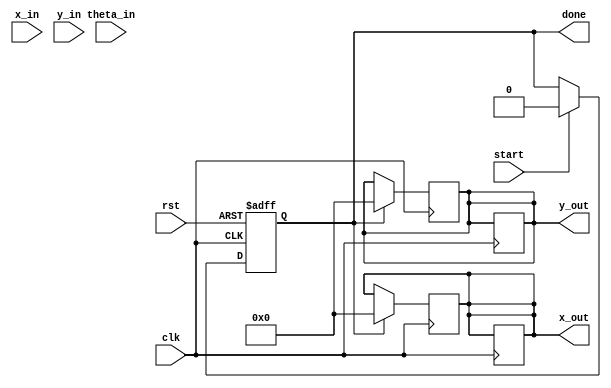
module adaptive_cordic (
    input wire clk,
    input wire rst,
    input wire [15:0] x_in,        // Fixed-point input x
    input wire [15:0] y_in,        // Fixed-point input y
    input wire [15:0] theta_in,    // Fixed-point rotation angle
    input wire start,               // Start signal
    output reg [15:0] x_out,       // Output x'
    output reg [15:0] y_out,       // Output y'
    output reg done                 // Done signal
);

    parameter NUM_ITERATIONS = 16; // Number of iterations
    parameter FIXED_POINT_SCALE = 16'h26DD; // Scaling factor for normalization

    reg [15:0] x [0:NUM_ITERATIONS-1]; // x values for each iteration
    reg [15:0] y [0:NUM_ITERATIONS-1]; // y values for each iteration
    reg [15:0] theta [0:NUM_ITERATIONS-1]; // Angle values for each iteration
    reg [3:0] iteration; // Current iteration count
    reg [15:0] angle; // Current angle
    reg [15:0] x_temp, y_temp; // Temporary variables for computation
    reg start_iter; // Start iteration flag

    // Initialize theta values for CORDIC
    initial begin
        theta[0] = 16'h26DD; // atan(2^0)
        theta[1] = 16'h1A6D; // atan(2^-1)
        theta[2] = 16'h0D57; // atan(2^-2)
        // ... Initialize other theta values
        theta[15] = 16'h0001; // atan(2^-15)
    end

    // Control Unit
    always @(posedge clk or posedge rst) begin
        if (rst) begin
            iteration <= 0;
            done <= 0;
            start_iter <= 0;
        end else if (start) begin
            x[0] <= x_in;
            y[0] <= y_in;
            angle <= theta_in;
            iteration <= 0;
            done <= 0;
            start_iter <= 1;
        end else if (start_iter && iteration < NUM_ITERATIONS) begin
            // Perform CORDIC iteration
            x_temp = x[iteration];
            y_temp = y[iteration];
            if (angle < 0) begin
                x[iteration + 1] <= x_temp + (y_temp >> iteration);
                y[iteration + 1] <= y_temp - (x_temp >> iteration);
                angle <= angle + theta[iteration];
            end else begin
                x[iteration + 1] <= x_temp - (y_temp >> iteration);
                y[iteration + 1] <= y_temp + (x_temp >> iteration);
                angle <= angle - theta[iteration];
            end
            iteration <= iteration + 1;
        end else if (iteration == NUM_ITERATIONS) begin
            // Final output after iterations
            x_out <= x[NUM_ITERATIONS];
            y_out <= y[NUM_ITERATIONS];
            done <= 1;
            start_iter <= 0;
        end
    end

    // Scaling factor adjustment
    always @(posedge clk) begin
        if (done) begin
            x_out <= (x_out * FIXED_POINT_SCALE) >> 16; // Apply scaling
            y_out <= (y_out * FIXED_POINT_SCALE) >> 16; // Apply scaling
        end
    end

endmodule